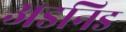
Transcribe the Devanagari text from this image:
अडनिड